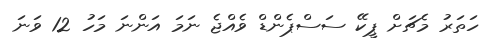
ހަތަރު މެޗަށް ޕީކޭ ސަސްޕެންޑް ވެއްޖެ ނަމަ އަންނަ މަހު 12 ވަނަ